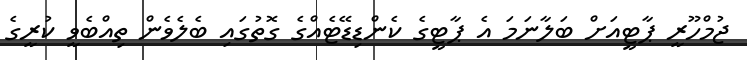
ޖުމްހޫރީ ޕާޓީއަށް ބަލާނަމަ އެ ޕާޓީގެ ކެންޑިޑޭޓެއްގެ ގޮތުގައި ބެލެވެން ތިއްބެވީ ކުރީގެ